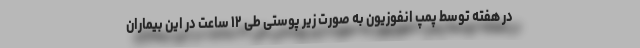
در هفته توسط پمپ انفوزیون به صورت زیر پوستی طی ۱۲ ساعت در این بیماران